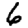
Digit: 6